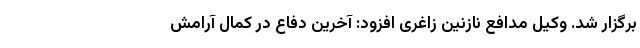
برگزار شد. وکیل مدافع نازنین زاغری افزود: آخرین دفاع در کمال آرامش